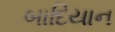
બાદિયાન